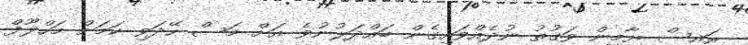
ރައީސް ޔާމީން ވަގުތު ނުދެއްވައިގެން ބައްދަލުނުވެ އަށް މަސް ހޭދަވި ކަމަށް މަހްލޫފް